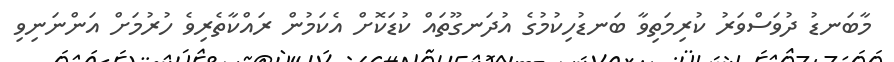
މާބަނޑު ދުވަސްވަރު ކުރިމަތިވާ ބަނޑުހިކުމުގެ އުދަނގޫތައް ކުޑަކޮށް އެކަމުން ރައްކާތެރިވެ ހުރުމަށް އަންނަނިވި